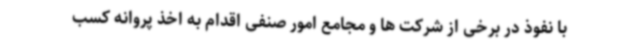
با نفوذ در برخی از شرکت ها و مجامع امور صنفی اقدام به اخذ پروانه کسب